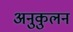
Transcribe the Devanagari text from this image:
अनुकुलन